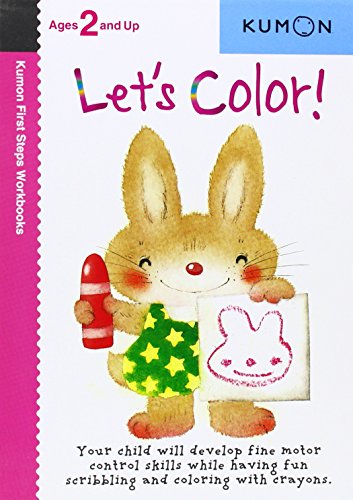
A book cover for Let's Color!  (Kumon First Step Workbooks); Children's Books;